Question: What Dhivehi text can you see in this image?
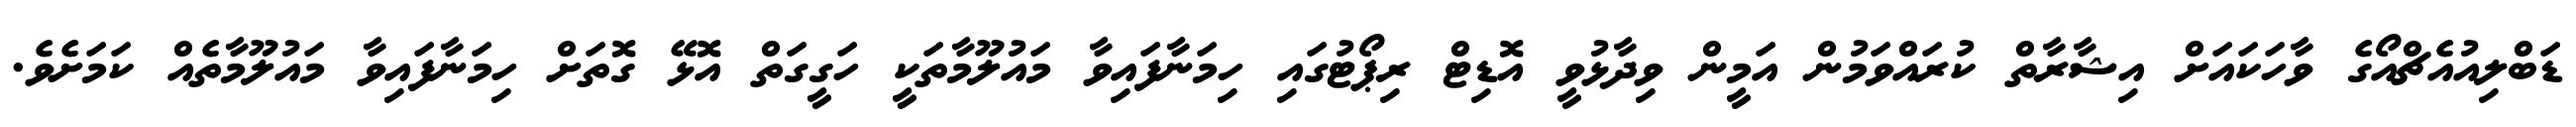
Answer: ޑަބްލިއުއެޗްއޯގެ ވާހަކައަށް އިޝާރާތް ކުރައްވަމުން އަމީން ވިދާޅުވީ އޮޑިޓް ރިޕޯޓުގައި ހިމަނާފައިވާ މައުލޫމާތަކީ ހަގީގަތް އޮޅޭ ގޮތަށް ހިމަނާފައިވާ މައުލޫމާތެއް ކަމަށެވެ.